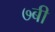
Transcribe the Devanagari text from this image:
७बी